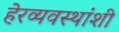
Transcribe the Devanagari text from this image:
हेरव्यवस्थांशी